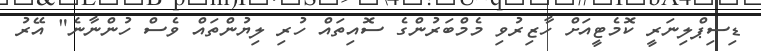
ޑިސިޕްލިނަރީ ކޮމެޓީއަށް ހާޒިރުވި މެމްބަރުންގެ ސޮއިތައް ހުރި ލިޔުންތައް ވެސް ހުންނާނެ" އޭރު